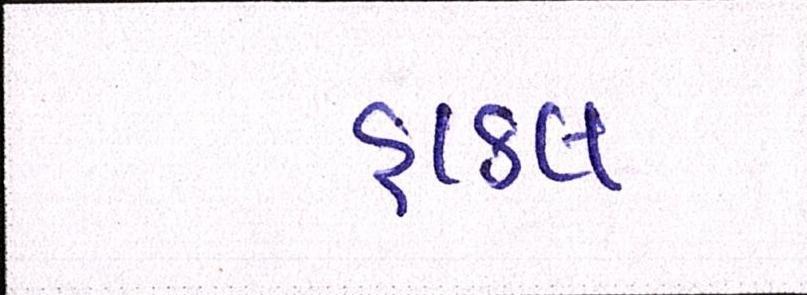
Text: હાકલ